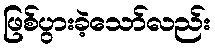
ဖြစ်ပွားခဲ့သော်လည်း